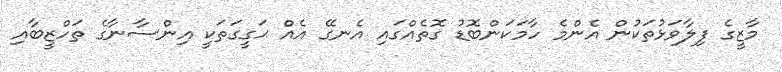
މާޒީގެ ފިލާވަޅުތަކުން އެންމެ ހާމަކަންބޮޑު ގޮތެއްގައި އެނގޭ އެއް ޙަގީގަތަކީ އިންސާނާގެ ތަހްޒީބާއި